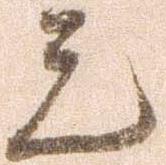
元